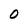
Character: 0